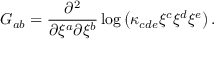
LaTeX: G _ { a b } = \frac { \partial ^ { 2 } } { \partial \xi ^ { a } \partial \xi ^ { b } } \log \left( \kappa _ { c d e } \xi ^ { c } \xi ^ { d } \xi ^ { e } \right) .